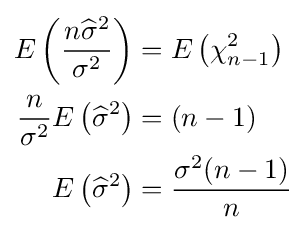
{\begin{aligned}E\left({\frac {n{\widehat {\sigma }}^{2}}{\sigma ^{2}}}\right)&=E\left(\chi _{n-1}^{2}\right)\\{\frac {n}{\sigma ^{2}}}E\left({\widehat {\sigma }}^{2}\right)&=(n-1)\\E\left({\widehat {\sigma }}^{2}\right)&={\frac {\sigma ^{2}(n-1)}{n}}\end{aligned}}